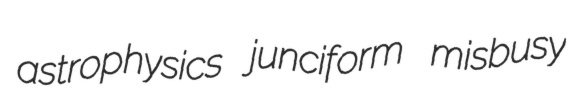
astrophysics junciform misbusy